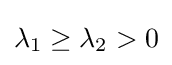
\lambda _{1}\geq \lambda _{2}>0